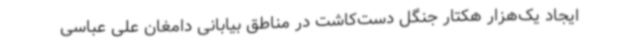
ایجاد یک‌هزار هکتار جنگل دست‌کاشت در مناطق بیابانی دامغان علی عباسی